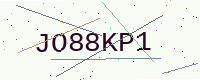
Text: JO88KP1